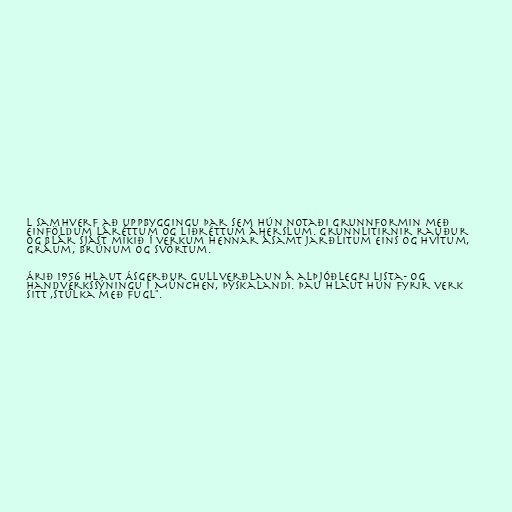
l samhverf að uppbyggingu þar sem hún notaði grunnformin með
einföldum láréttum og liðréttum áherslum. Grunnlitirnir rauður
og blár sjást mikið í verkum hennar ásamt jarðlitum eins og hvítum,
gráum, brúnum og svörtum.

Árið 1956 hlaut Ásgerður gullverðlaun á alþjóðlegri lista- og
handverkssýningu í München, Þýskalandi. Þau hlaut hún fyrir verk
sitt ,Stúlka með fugl".